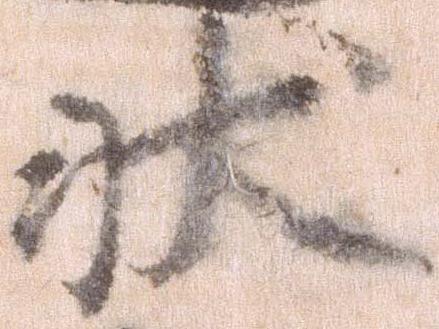
状